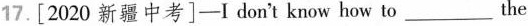
17.[2020 新疆中考]-I don't know how to___the